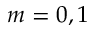
m = 0 , 1